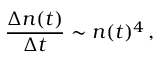
\frac { \Delta n ( t ) } { \Delta t } \sim n ( t ) ^ { 4 } \, ,